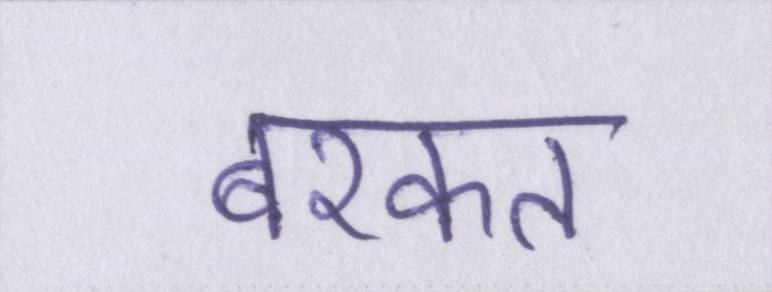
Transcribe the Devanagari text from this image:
बरकत